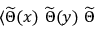
\langle \widetilde { \Theta } ( x ) ~ \widetilde { \Theta } ( y ) ~ \widetilde { \Theta }